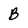
Character: B